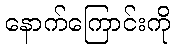
နောက်ကြောင်းကို